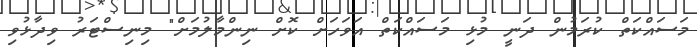
މަސައްކަތް ކުރަމުން ދަނީ މުޅި މަސައްކަތް އަވަހަށް ކޮށް ނިންމާލުމަށް" މިނިސްޓަރު ވިދާޅުވި